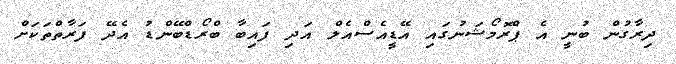
ދިރާގުން ބުނީ އެ ޕްރޮމޯޝަނުގައި އޭޑީއެސްއެލް އަދި ފައިބާ ބްރޯޑްބޭންޑު އެދޭ ފަރާތްތަކަށް